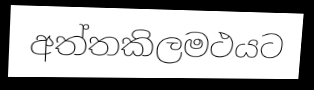
අත්තකිලමථයට